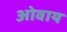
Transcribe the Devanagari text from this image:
ओवाय